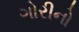
ગોરીનો